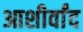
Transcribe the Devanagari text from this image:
आशीर्वांद